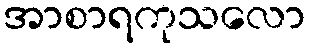
အာစာရကုသလော